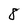
Character: 8